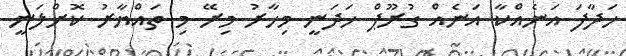
ހަދާފަ އަނެއްކާ އަނެއް ގުރޫޕް ހަދަނީ މިހާރު މިރޭ މި ތައްޔާރު ކޮށްލަނީ